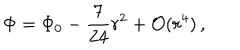
\Phi = \Phi _ { 0 } - \frac { 7 } { 2 4 } r ^ { 2 } + { \cal O } ( r ^ { 4 } ) \, ,